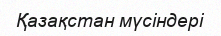
Қазақстан мүсіндері